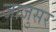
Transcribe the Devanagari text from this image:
जाजुसर